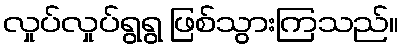
လှုပ်လှုပ်ရွရွ ဖြစ်သွားကြသည်။